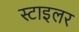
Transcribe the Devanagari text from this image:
स्टाइलर